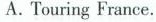
A. Touring France.